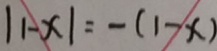
\vert 1 - x \vert = - ( 1 - x )